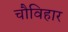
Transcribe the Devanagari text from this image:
चौविहार